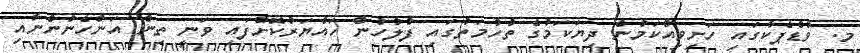
މ. ވުޑްޕެކާގައި ހަށިވިއްކަމުން ދިޔަކަމުގެ ތުހުމަތުގައި ފުލުހުން ހައްޔަރުކޮށްފައި ވަނީ ތިން އަންހެނުންނާއި